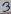
Text: 3